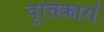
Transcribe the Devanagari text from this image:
वृत्तिकारों